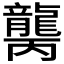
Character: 𱌾